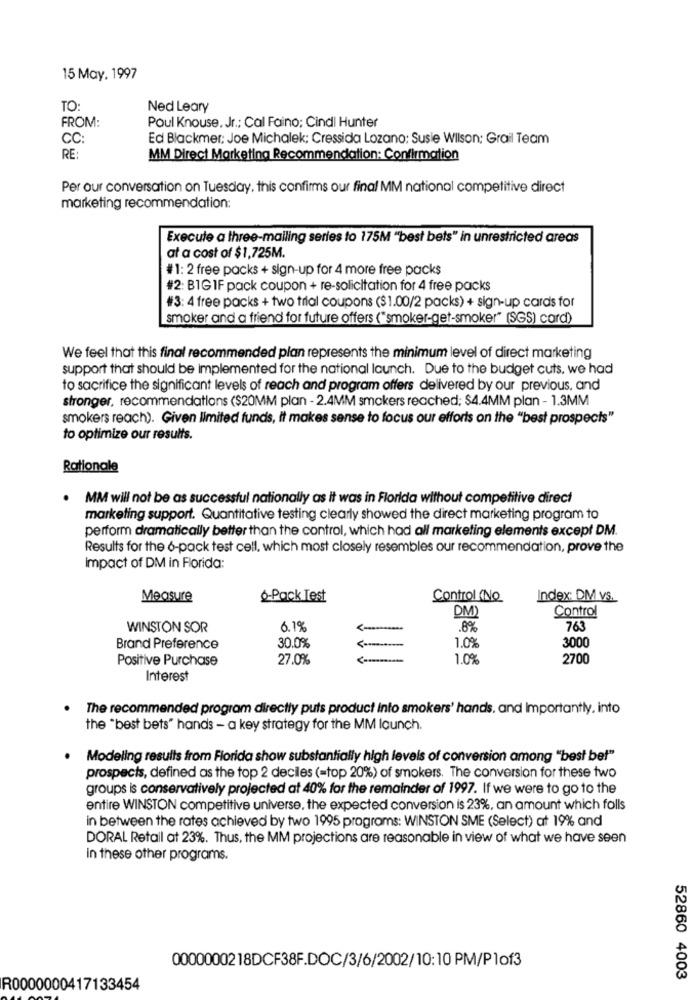
15 May, 1997
TO:
Ned Leary
FROM:
Poul Knouse, Jr .; Cal Faino: Cindi Hunter
CC:
Ed Blackmer: Joe Michalek; Cressida Lozano: Susie Wilson; Grail Team
RE:
MM Direct Marketing Recommendation: Confirmation
Per our conversation on Tuesday, this confirms our final MM national competitive direct
marketing recommendation:
Execute a three-mailing series to 175M "best bets" in unrestricted areas
at a cost of $1,725M.
#1: 2 free packs + sign-up for 4 more free packs
#2: BIG IF pack coupon + re-solicitation for 4 free packs
#3: 4 free packs + two trial coupons ($1.00/2 packs) + sign-up cards for
smoker and a friend for future offers ("smoker-get-smoker" (SGS) cord)
We feel that this final recommended plan represents the minimum level of direct marketing
support that should be implemented for the national launch. Due to the budget cuts, we had
to sacrifice the significant levels of reach and program offers delivered by our previous, and
stronger, recommendations ($20MM plan - 2.4MM smokers reached; $4.4MM plan - 1.3MM
smokers reach). Given limited funds, it makes sense to focus our efforts on the "best prospects"
to optimize our results.
Rationale
MM will not be as successful nationally as it was in Florida without competitive direct
marketing support. Quantitative testing clearly showed the direct marketing program to
perform dramatically better than the control, which had all marketing elements except DM.
Results for the 6-pack test cell, which most closely resembles our recommendation, prove the
impact of DM in Florida:
Measure
o-Pack Test
Control (No
Index: DM vs.
Control
DM)
WINSTON SOR
0,1%
.8%
763
30.0%
1.0%
3000
Brand Preference
Positive Purchase
27.0%
1.0%
2700
Interest
The recommended program directly puts product Into smokers' hands. and Importantly, into
the "best bets" hands - a key strategy for the MM launch.
.
Modeling results from Florida show substantially high levels of conversion among "best bet"
prospects, defined as the top 2 deciles (=top 20%) of smokers. The conversion for these two
groups is conservatively projected at 40% for the remainder of 1997. If we were to go to the
entire WINSTON competitive universe, the expected conversion is 23%, an amount which folls
in between the rates achieved by two 1995 programs: WINSTON SME (Select) at 19% and
DORAL Retail at 23%. Thus, the MM projections are reasonable in view of what we have seen
in these other programs.
0000000218DCF38F.DOC/3/6/2002/10:10 PM/Plof3
52860 4003
R0000000417133454